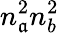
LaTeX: n_{\mathfrak{a}}^{2}n_{b}^{2}